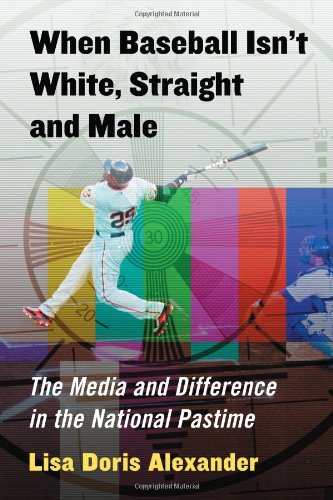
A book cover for When Baseball Isn't White, Straight and Male: The Media and Difference in the National Pastime; Lisa Doris Alexander; Sports & Outdoors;